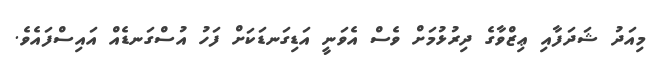
މިއަދު ޝަދަފާއި ޢިޒްވާގެ ދިރުޅުމަށް ވެސް އެވަނީ އަޑިގަނޑަކަށް ފަހު އުސްގަނޑެއް އައިސްފައެވެ.